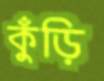
কুঁড়ি